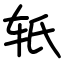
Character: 𬨂